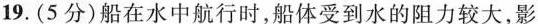
19.（5分）船在水中航行时，船体受到水的阻力较大，影